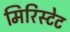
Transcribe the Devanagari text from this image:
मिरिस्टेट